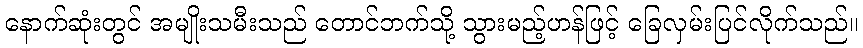
နောက်ဆုံးတွင် အမျိုးသမီးသည် တောင်ဘက်သို့ သွားမည့်ဟန်ဖြင့် ခြေလှမ်းပြင်လိုက်သည်။